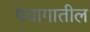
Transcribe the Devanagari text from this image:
पंचागातील